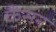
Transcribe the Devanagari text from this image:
कैंसन